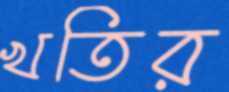
খতির